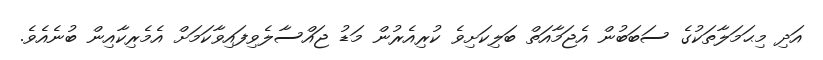
އަދި މިޙަމަލާތަކުގެ ސަބަބުން އެޖަމާއަތް ބަލިކަށިވެ ކުރިއެރުން މަޑު ޖައްސާލެވިފައިވާކަމަށް އެމެރިކާއިން ބުނެއެވެ.